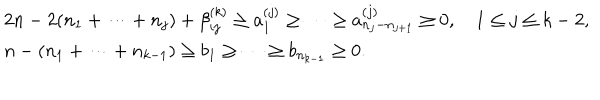
\begin{array} { l } { { 2 n - 2 ( n _ { 1 } + \cdots + n _ { j } ) + \beta _ { i j } ^ { ( k ) } \geq a _ { 1 } ^ { ( j ) } \geq \cdots \geq a _ { n _ { j } - n _ { j + 1 } } ^ { ( j ) } \geq 0 , ~ 1 \leq j \leq k - 2 , } } \\ { { n - ( n _ { 1 } + \cdots + n _ { k - 1 } ) \geq b _ { 1 } \geq \cdots \geq b _ { n _ { k - 1 } } \geq 0 . } } \\ \end{array}